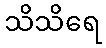
သိသိရေ